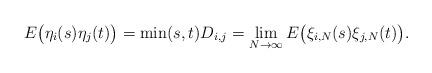
LaTeX: \begin{align*}E\big(\eta_i(s)\eta_j(t)\big)=\min(s,t)D_{i,j}=\lim_{N\to\infty}E\big(\xi_{i,N}(s)\xi_{j,N}(t)\big).\end{align*}